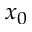
x _ { 0 }